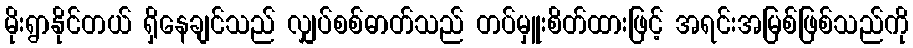
မိုးရွာနိုင်တယ် ရှိနေချင်သည် လျှပ်စစ်ဓာတ်သည် တပ်မှူးစိတ်ထားဖြင့် အရင်းအမြစ်ဖြစ်သည်ကို